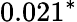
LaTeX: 0.021^{*}